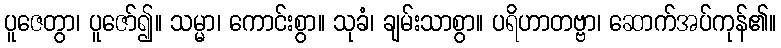
ပူဇေတွာ၊ ပူဇော်၍။ သမ္မာ၊ ကောင်းစွာ။ သုခံ၊ ချမ်းသာစွာ။ ပရိဟာတဗ္ဗာ၊ ဆောက်အပ်ကုန်၏။